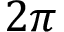
2 \pi